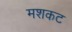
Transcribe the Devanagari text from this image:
मशकट